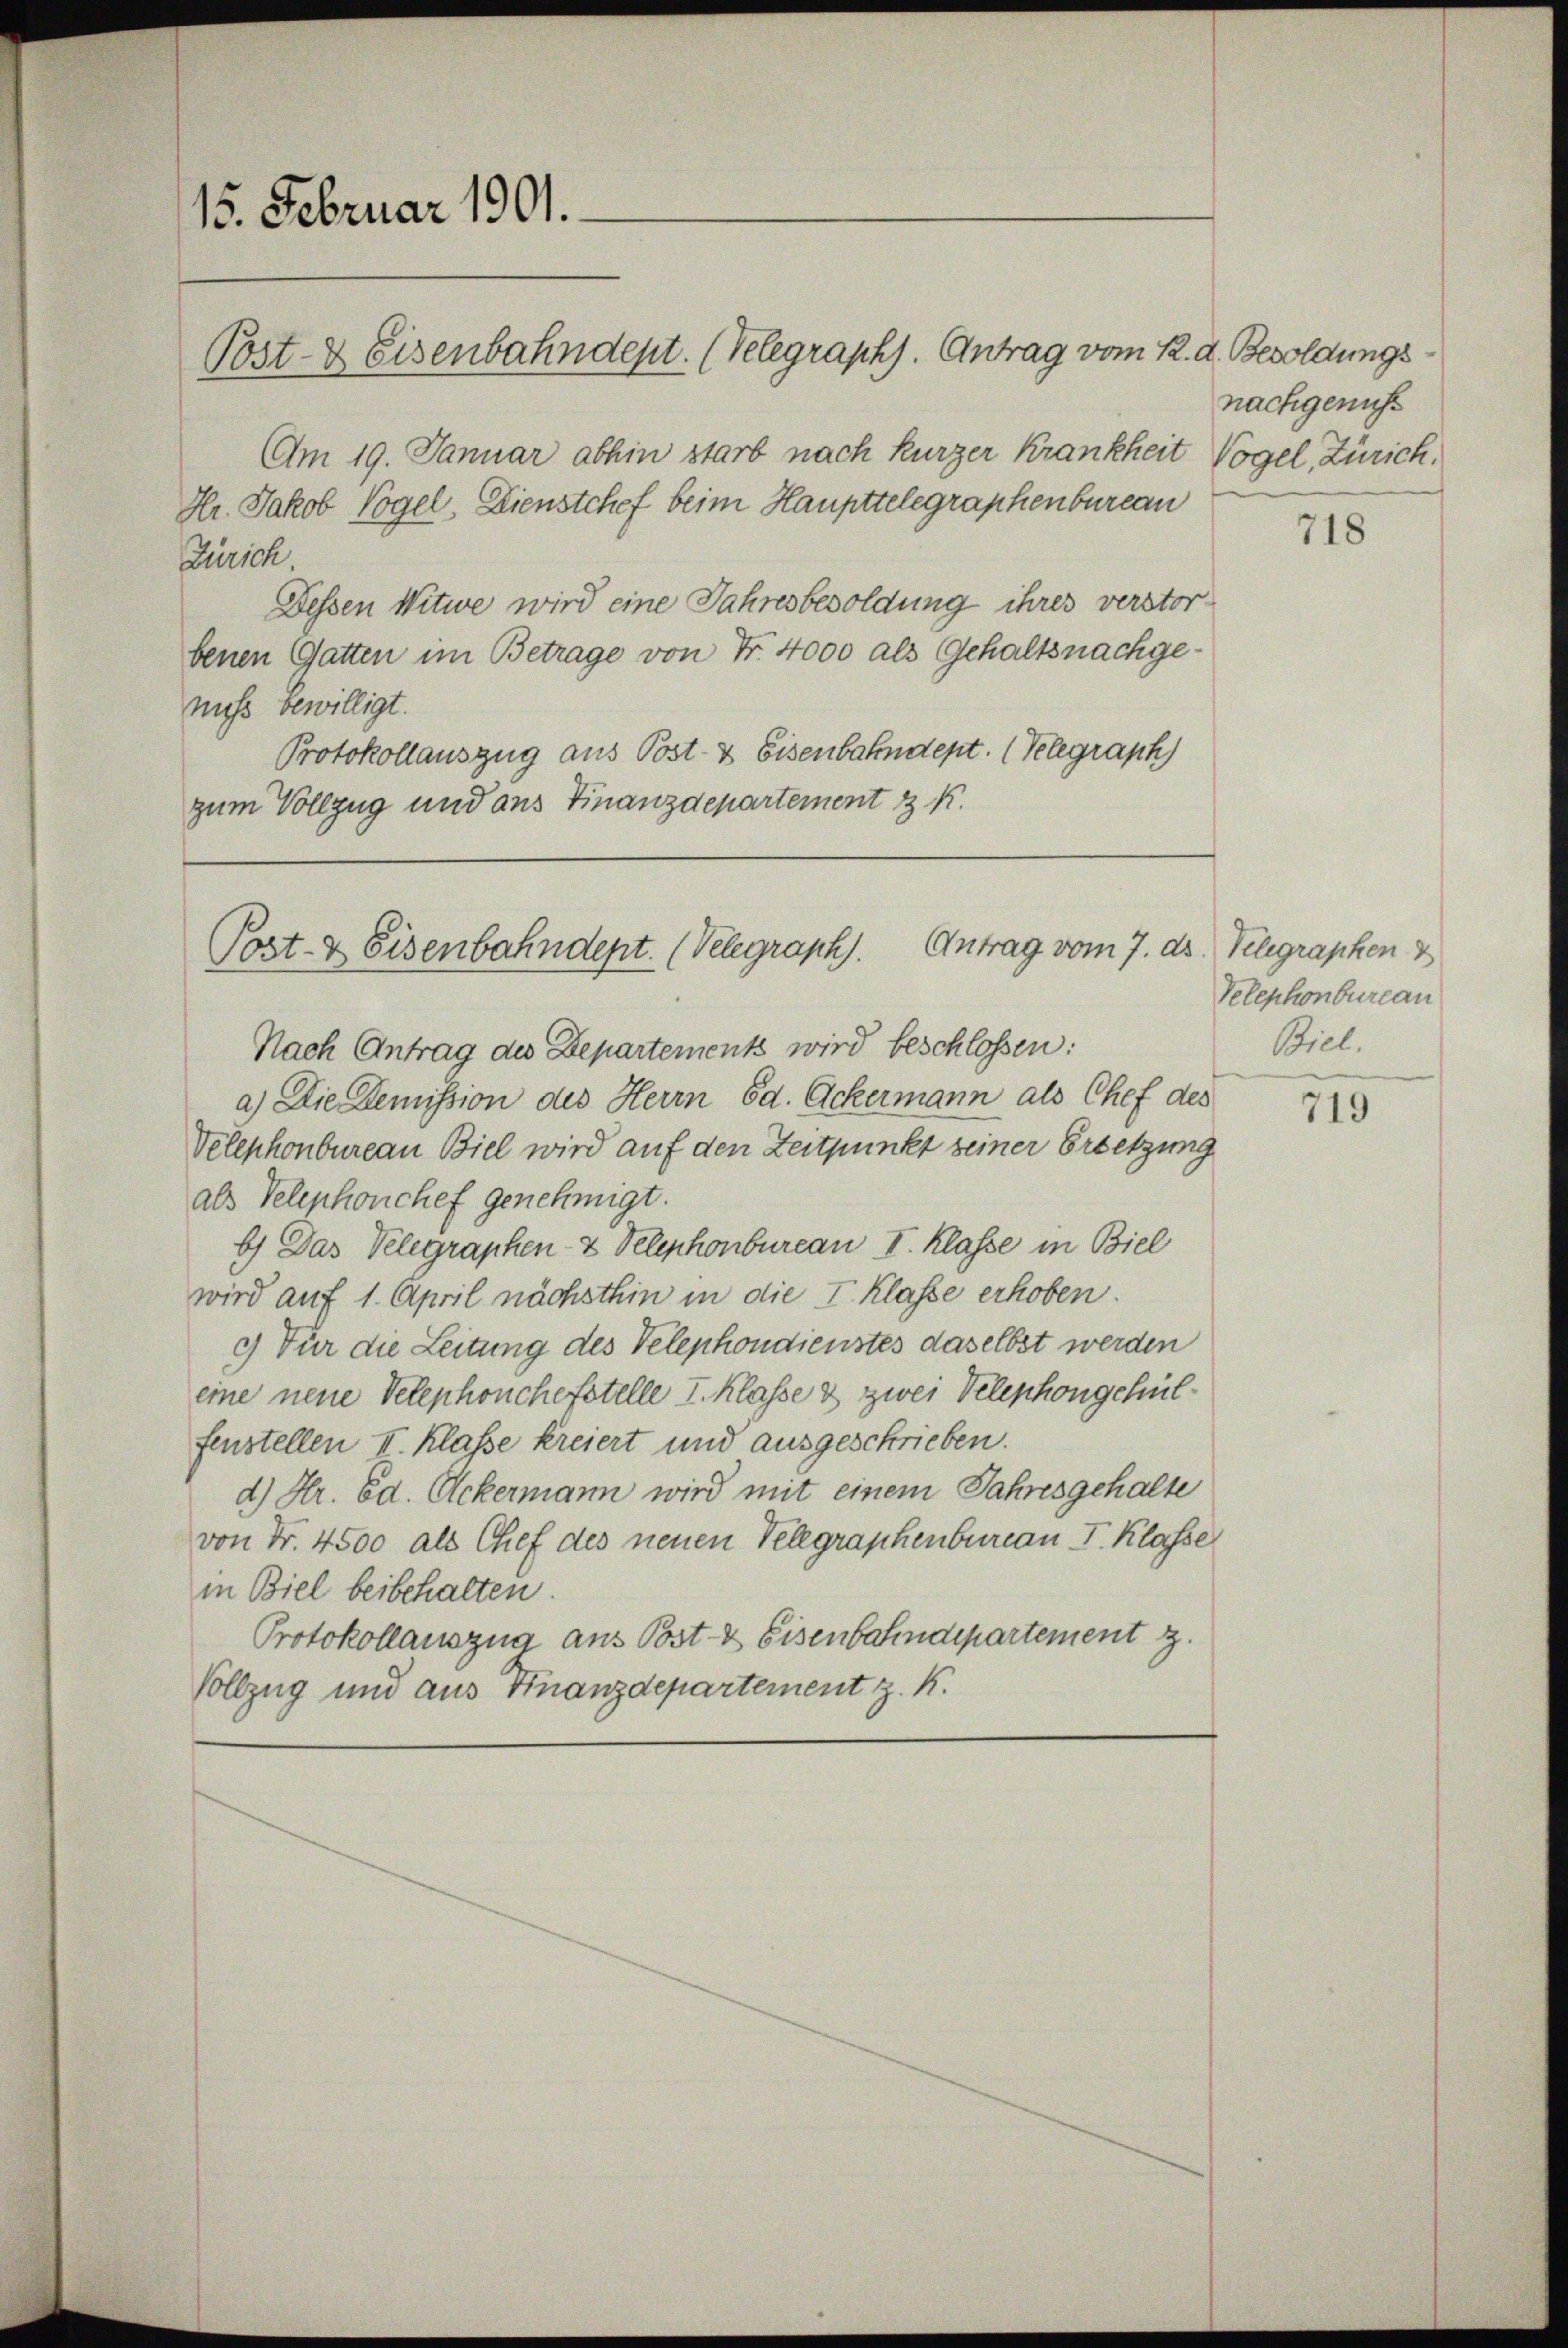
15. Februar 1901.

Post- & Eisenbahndept. (Velegraph). Antrag vom 12. d. Besoldungs

Am 19. Januar abhin starb nach kurzer Krankheit Vogel, Zürich,
Hr. Jakob Vogel. Dienstchef beim Haupttelegraphenbureau
Zürich
Dessen Witwe wird eine Jahresbesoldung ihres verstorbenen Gatten im Betrage von Fr. 4000 als Gehaltsnachgenuss bewilligt.
Protokollauszug aus Post- & Eisenbahndept. (Telegraph
zum Vollzug und ans Finanzdepartement & k.

Post- & Eisenbahndept. (Velegraph). Antrag vom 7. ds. Telegraphen &

Nach Antrag des Departements wird beschlossen:
a) Die Demission des Herrn Ed. Ackermann als Chef des
Velephonbureau Biel wird auf den Zeitpunkt seiner Ersetzung
als Telephonchef genehmigt.
b) Das Velegraphen- & Velephonbureau I. Klasse in Biel
wird auf 1. April nächsthin in die I. Klasse erhoben.
c) Für die Leitung des Telephondienstes daselbst werden
eine neue Velephonchefstelle I. Klasse & zwei Velephongehülfenstellen II. Klasse kreiert und ausgeschrieben.
d) Hr. Ed. Ackermann wird mit einem Jahresgehalte
von Fr. 4500 als Chef des neuen Velegraphenbureau I. Klasse
in Biel beibehalten.
Protokollauszug aus Post- & Eisenbahndepartement
Vollzug und aus Finanzdepartement z. K.

nachgenuss

718

Velephonbureau
Biel.

719